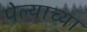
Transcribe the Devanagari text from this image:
पेल्याच्या